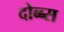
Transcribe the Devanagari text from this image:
दोब्ब्स